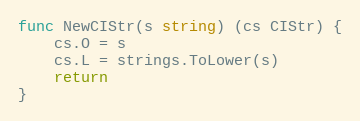
Language: Go
func NewCIStr(s string) (cs CIStr) {
	cs.O = s
	cs.L = strings.ToLower(s)
	return
}